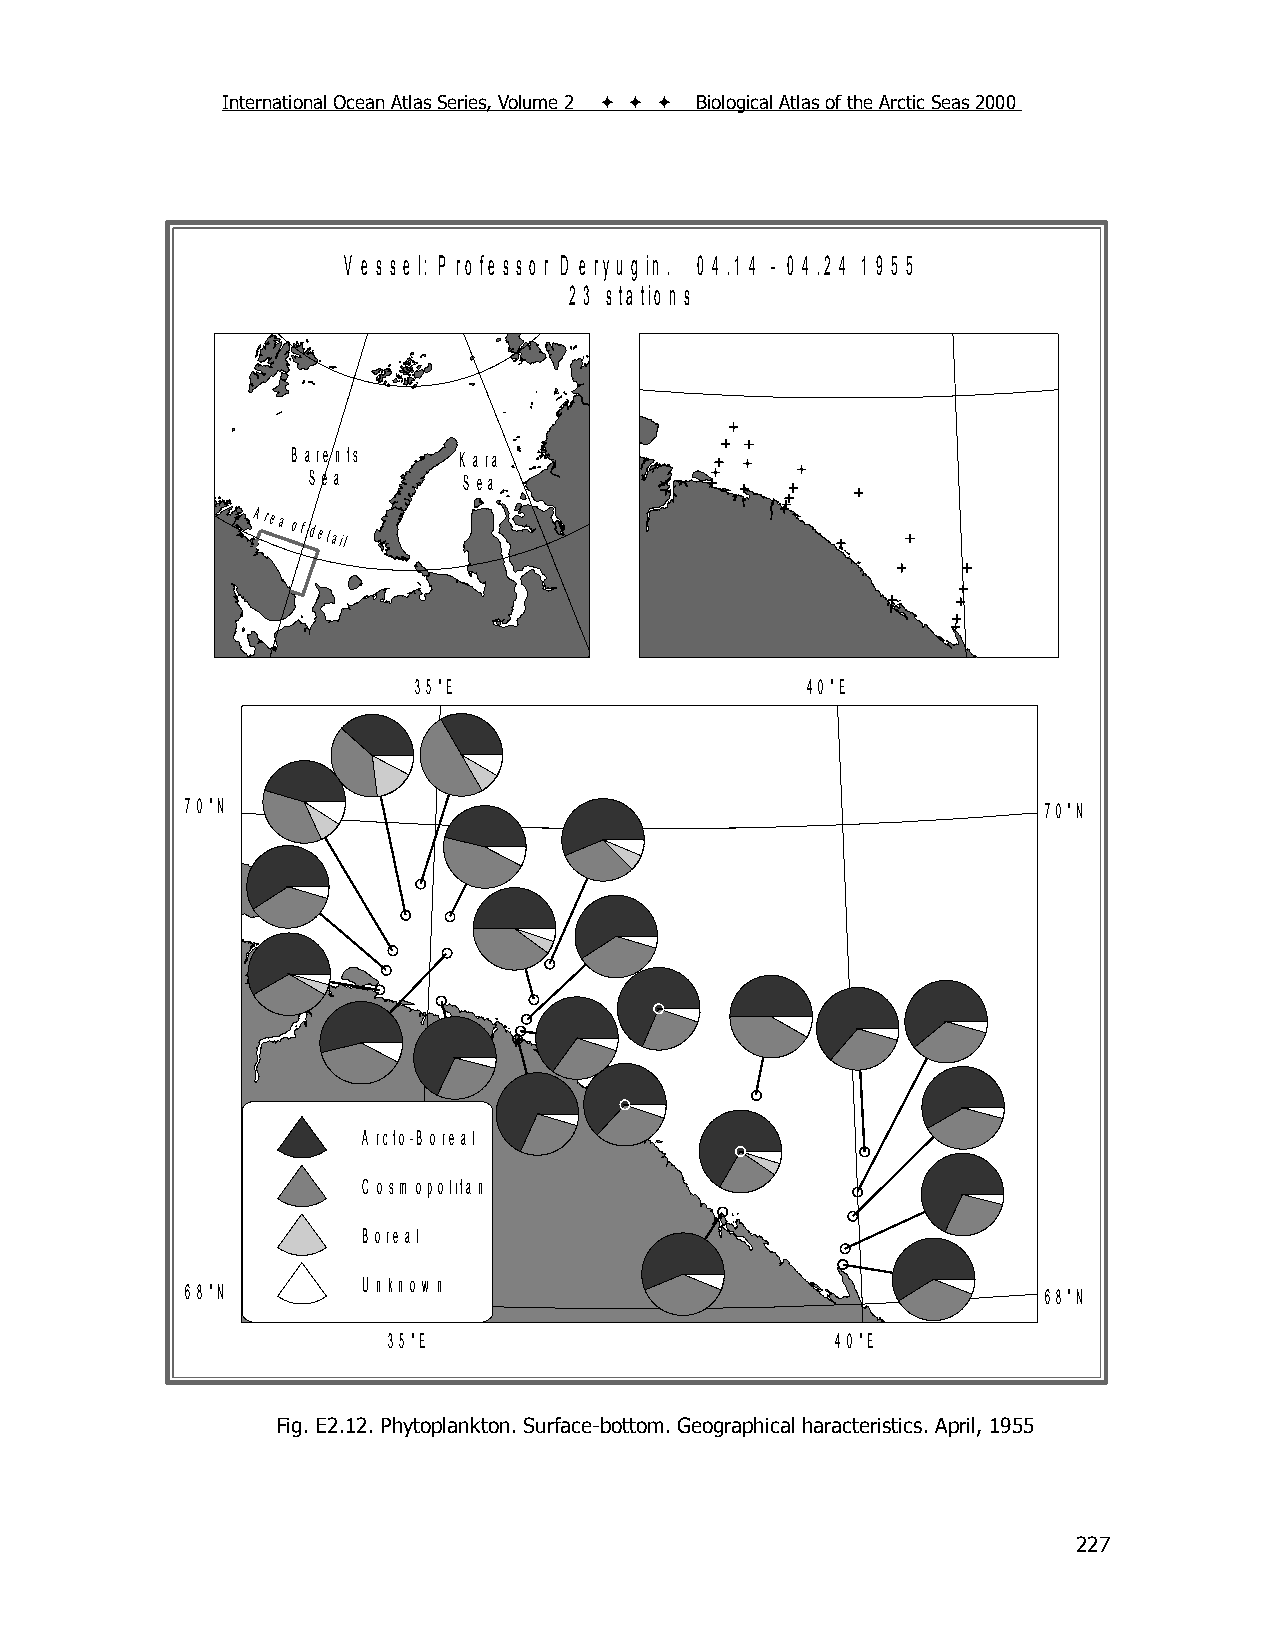
International Ocean Atlas Series, Volume 2    Biological Atlas of the Arctic Seas 2000
 V e s s e l: P ro fe s s o r D e ry u g in . 0 4 .1 4 - 0 4 .2 4 1 9 5 5
 2 3 s ta tio n s
 B a re n ts K a ra
 S e a      S e a
 Area
 of detail
 3 5 °E                    4 0 °E
 7 0 °N                                                   7 0 °N
 A rcto -B o re a l
 C o sm o p o lita n
 B o re a l
 U n kn o w n
 6 8 °N                                                   6 8 °N
 3 5 °E                       4 0 °E
 Fig. E2.12. Phytoplankton. Surface-bottom. Geographical haracteristics. April, 1955
 227